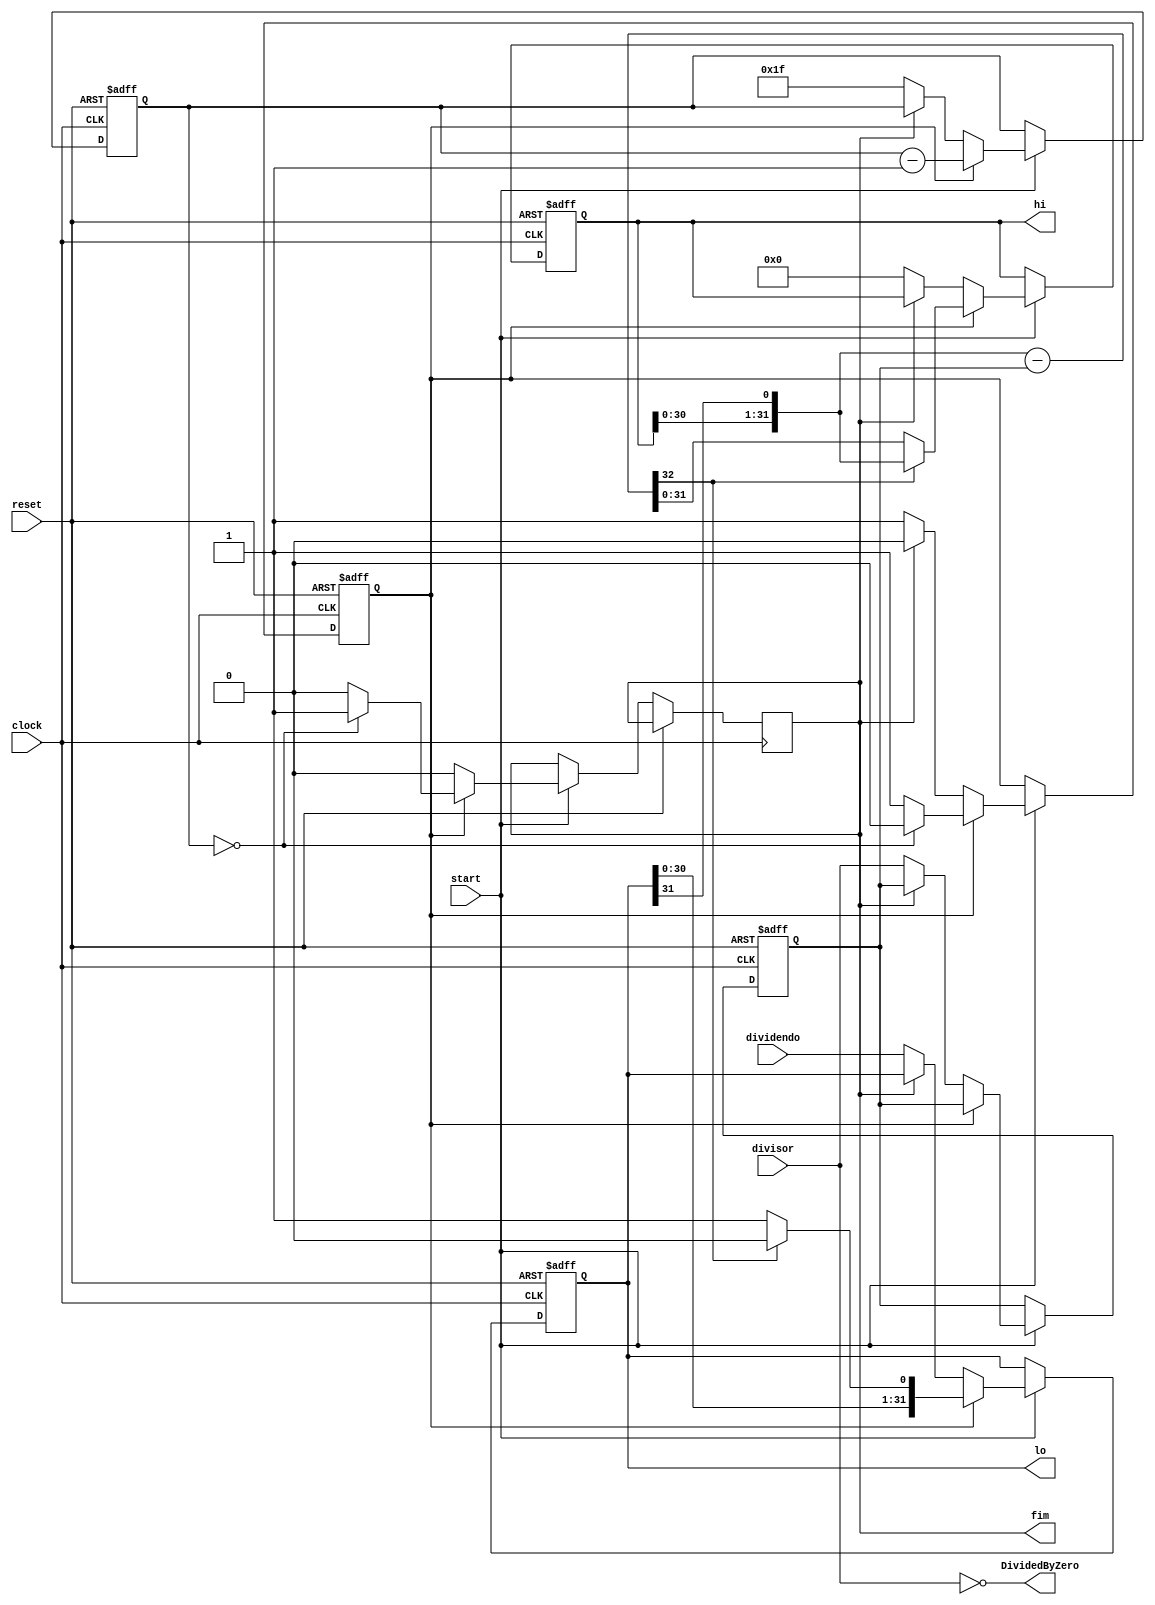
module divisor(  
  input clock,  
  input reset,  
  input start,  
  input [31:0] dividendo,  
  input [31:0] divisor,  
  output [31:0] lo,  
  output [31:0] hi,  
  output reg fim,   
  output wire DividedByZero  
);  
  reg ativo; //registrador para determinar se o divisor esta ativo, dependendo do ciclo atual   
  reg [4:0] cicloAtual; //registrador que vai de 31 a 0 para guardar o ciclo atual
  reg [31:0] quociente; //registrador que guarda o quociente atual
  reg [31:0] denominador;//registrador que guarda o divisor para ser usado em uma operacao
  reg [31:0] resto;//registrador que guarda o resto atual
  wire [32:0] sub = { resto[30:0], quociente[31] } - denominador; //operacao feita em um fio, que serve para a divisao  
  assign DividedByZero = !divisor;//se o divisor for 0, !divisor vai ser 1  
  assign lo = quociente; //coloca lo como quociente 
  assign hi = resto; //coloca o hi como resto
  always @(posedge clock,posedge reset) begin  
    if (reset) begin  //reseta todos os registradores caso reset == 1
      ativo <= 0;  
      cicloAtual <= 0;  
      quociente <= 0;  
      denominador <= 0;  
      resto <= 0;  
    end  
    else if(start) begin //so opera se o sinal start for 1
      if (ativo) begin
        if (sub[32] == 0) begin //pega o bit 32 do sub  
          resto <= sub[31:0];//o resto fica como os 32 bits menos significantes de 32
          quociente <= {quociente[30:0], 1'b1}; //faz um shift left no quociente colocando 1 no final
        end  
        else begin  
          resto <= {resto [30:0], quociente[31]};  //pega os 31 bits do resto e concatena com o 31 bit do quociente
          quociente <= {quociente[30:0], 1'b0}; //faz um shift left normal no quociente
        end  
        if (cicloAtual == 0) begin //se chegou no ultimo ciclo
          ativo <= 0; //deixa de ser ativo
          fim <= 1;
        end
        else begin
          fim <= 0;
        end
        cicloAtual <= cicloAtual - 5'd1; //decrementa o ciclo
      end  
      else begin 
        if (fim == 0) begin
          cicloAtual <= 5'd31; //comeca com 31 no ciclo
          quociente = dividendo; //quociente comeca como dividendo (e depende do sinal)
          denominador = divisor; //denominador recebe o divisor (e depende do sinal)
          resto <= 32'b0; //o resto comeca como zero
          ativo <= 1; // seta o ativo como 1
        end
        else begin
          fim = 0;
        end
      end  
    end  
  end  
endmodule